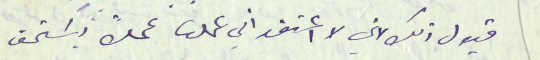
قبول ذلك لاني لا اعتقد اني عملت عملاً يسَتحق